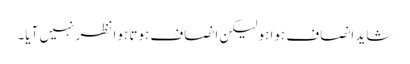
شاید انصاف ہوا ہو لیکن انصاف ہوتا ہوا نظر نہیں آیا۔